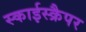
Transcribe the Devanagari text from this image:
स्काईस्क्रैपर